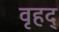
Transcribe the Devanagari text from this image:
वृहद्‌